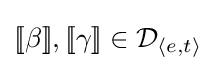
[\![\beta ]\!],[\![\gamma ]\!]\in {\mathcal {D}}_{\langle e,t\rangle }